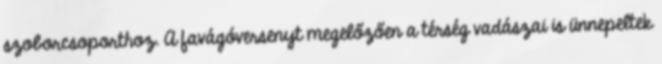
szobor­csoporthoz. A favágóversenyt megelőzően a térség vadászai is ünnepeltek